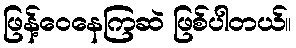
ဖြန့်ဝေနေကြဆဲ ဖြစ်ပါတယ်။